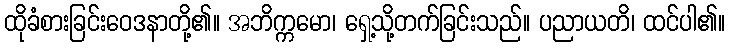
ထိုခံစားခြင်းဝေဒနာတို့၏။ အဘိက္ကမော၊ ရှေ့သို့တက်ခြင်းသည်။ ပညာယတိ၊ ထင်ပါ၏။